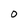
Character: 0